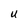
Character: U